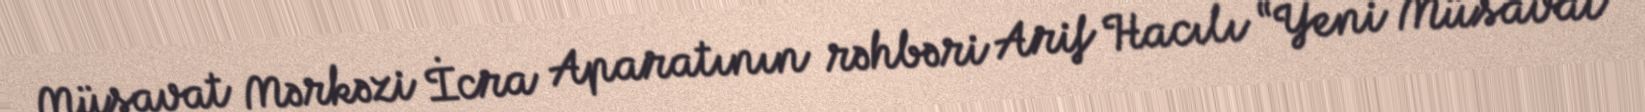
Müsavat Mərkəzi İcra Aparatının rəhbəri Arif Hacılı “Yeni Müsavat”